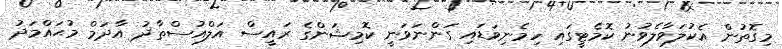
މިގޮތުން އެކުލަވާލެވުނު ކޮމެޓީގައި ހިމެނިވަޑައި ގަންނަވަނީ ކޮމިޝަންގެ ރައީސް އަލްއުސްތާޛު އާދަމް މުޙައްމަދު